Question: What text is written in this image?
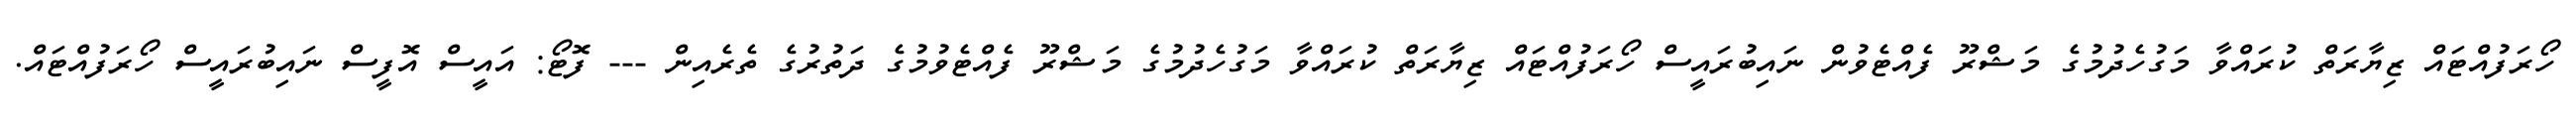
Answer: ހޯރަފުއްޓައް ޒިޔާރަތް ކުރައްވާ މަގުހެދުމުގެ މަޝްރޫ ފެއްޓެވުން ނައިބުރައީސް ހޯރަފުއްޓައް ޒިޔާރަތް ކުރައްވާ މަގުހެދުމުގެ މަޝްރޫ ފެއްޓެވުމުގެ ދަތުރުގެ ތެރެއިން --- ފޮޓޯ: އައީސް އޮފީސް ނައިބުރައީސް ހޯރަފުއްޓައް.